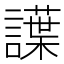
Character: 䜓